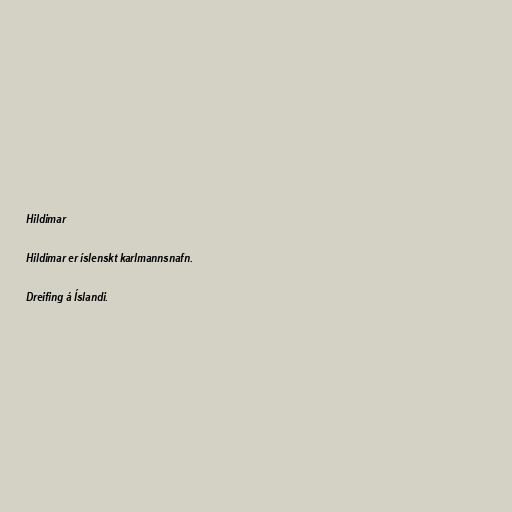
Hildimar

Hildimar er íslenskt karlmannsnafn.

Dreifing á Íslandi.